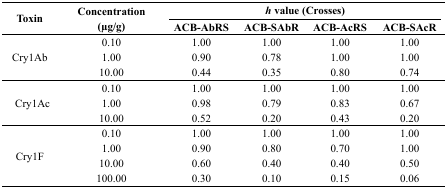
| <ROWSPAN=2> Toxin | <ROWSPAN=2> Concentration (μg/g) | <COLSPAN=4> h value (Crosses) |
 | ACB-AbRS | ACB-SAbR | ACB-AcRS | ACB-SAcR |
 | --- | --- | --- | --- | --- | --- |
 | <ROWSPAN=3> Cry1Ab | 0.10 | 1.00 | 1.00 | 1.00 | 1.00 |
 | 1.00 | 0.90 | 0.78 | 1.00 | 1.00 |
 | 10.00 | 0.44 | 0.35 | 0.80 | 0.74 |
 | <ROWSPAN=3> Cry1Ac | 0.10 | 1.00 | 1.00 | 1.00 | 1.00 |
 | 1.00 | 0.98 | 0.79 | 0.83 | 0.67 |
 | 10.00 | 0.52 | 0.20 | 0.43 | 0.20 |
 | <ROWSPAN=4> Cry1F | 0.10 | 1.00 | 1.00 | 1.00 | 1.00 |
 | 1.00 | 0.90 | 0.80 | 0.70 | 1.00 |
 | 10.00 | 0.60 | 0.40 | 0.40 | 0.50 |
 | 100.00 | 0.30 | 0.10 | 0.15 | 0.06 |